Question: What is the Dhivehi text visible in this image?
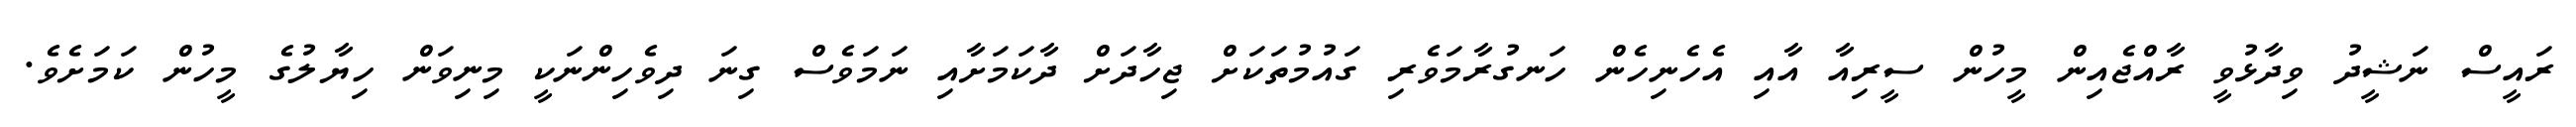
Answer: ރައީސް ނަޝީދު ވިދާޅުވީ ރާއްޖެއިން މީހުން ސީރިއާ އާއި އެހެނިހެން ހަނގުރާމަވެރި ގައުމުތަކަށް ޖިހާދަށް ދާކަމަށާއި ނަމަވެސް ގިނަ ދިވެހިންނަކީ މިނިވަން ހިޔާލުގެ މީހުން ކަމަށެވެ.